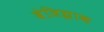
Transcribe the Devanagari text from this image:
बेजिझाक